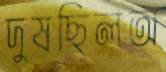
দুষছিলঅ